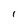
Character: 1